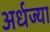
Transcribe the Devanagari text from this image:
अर्धज्या